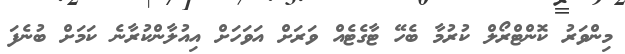
މިންވަރު ކޮންޓްރޯލް ކުރުމާ ބެހޭ ޓާގެޓެއް ވަރަށް އަވަހަށް އިއުލާންކުރާނެ ކަމަށް ބުނެފަ